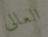
العالى